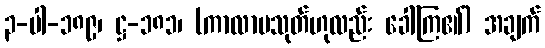
၃-ပါ-၁၈၉၊ ဋ္ဌ-၁၈၁၊ (ကာလာမသုတ်ဟုလည်း ခေါ်ကြ၏) အချက်